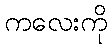
ကလေးကို